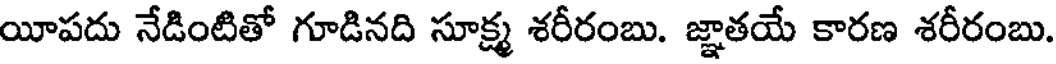
యీపదు నేడింటితో గూడినది సూక్ష్మ శరీరంబు. జ్ఞాతయే కారణ శరీరంబు.